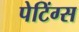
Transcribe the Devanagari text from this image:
पेटिंग्स